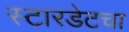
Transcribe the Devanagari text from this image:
स्टारडेटचा